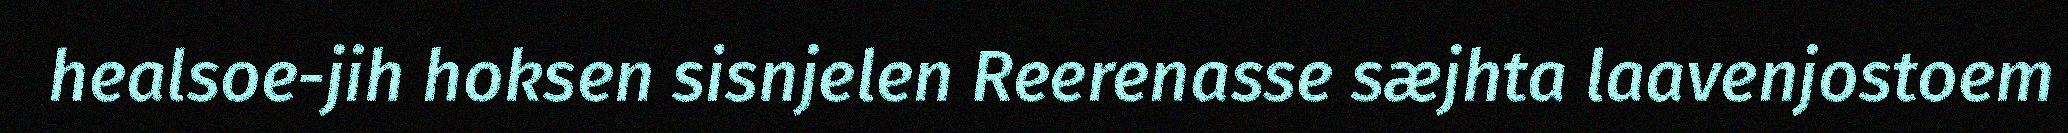
healsoe-jih hoksen sisnjelen Reerenasse sæjhta laavenjostoem